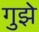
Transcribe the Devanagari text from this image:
गुझे